Riigikantselei, lk 100
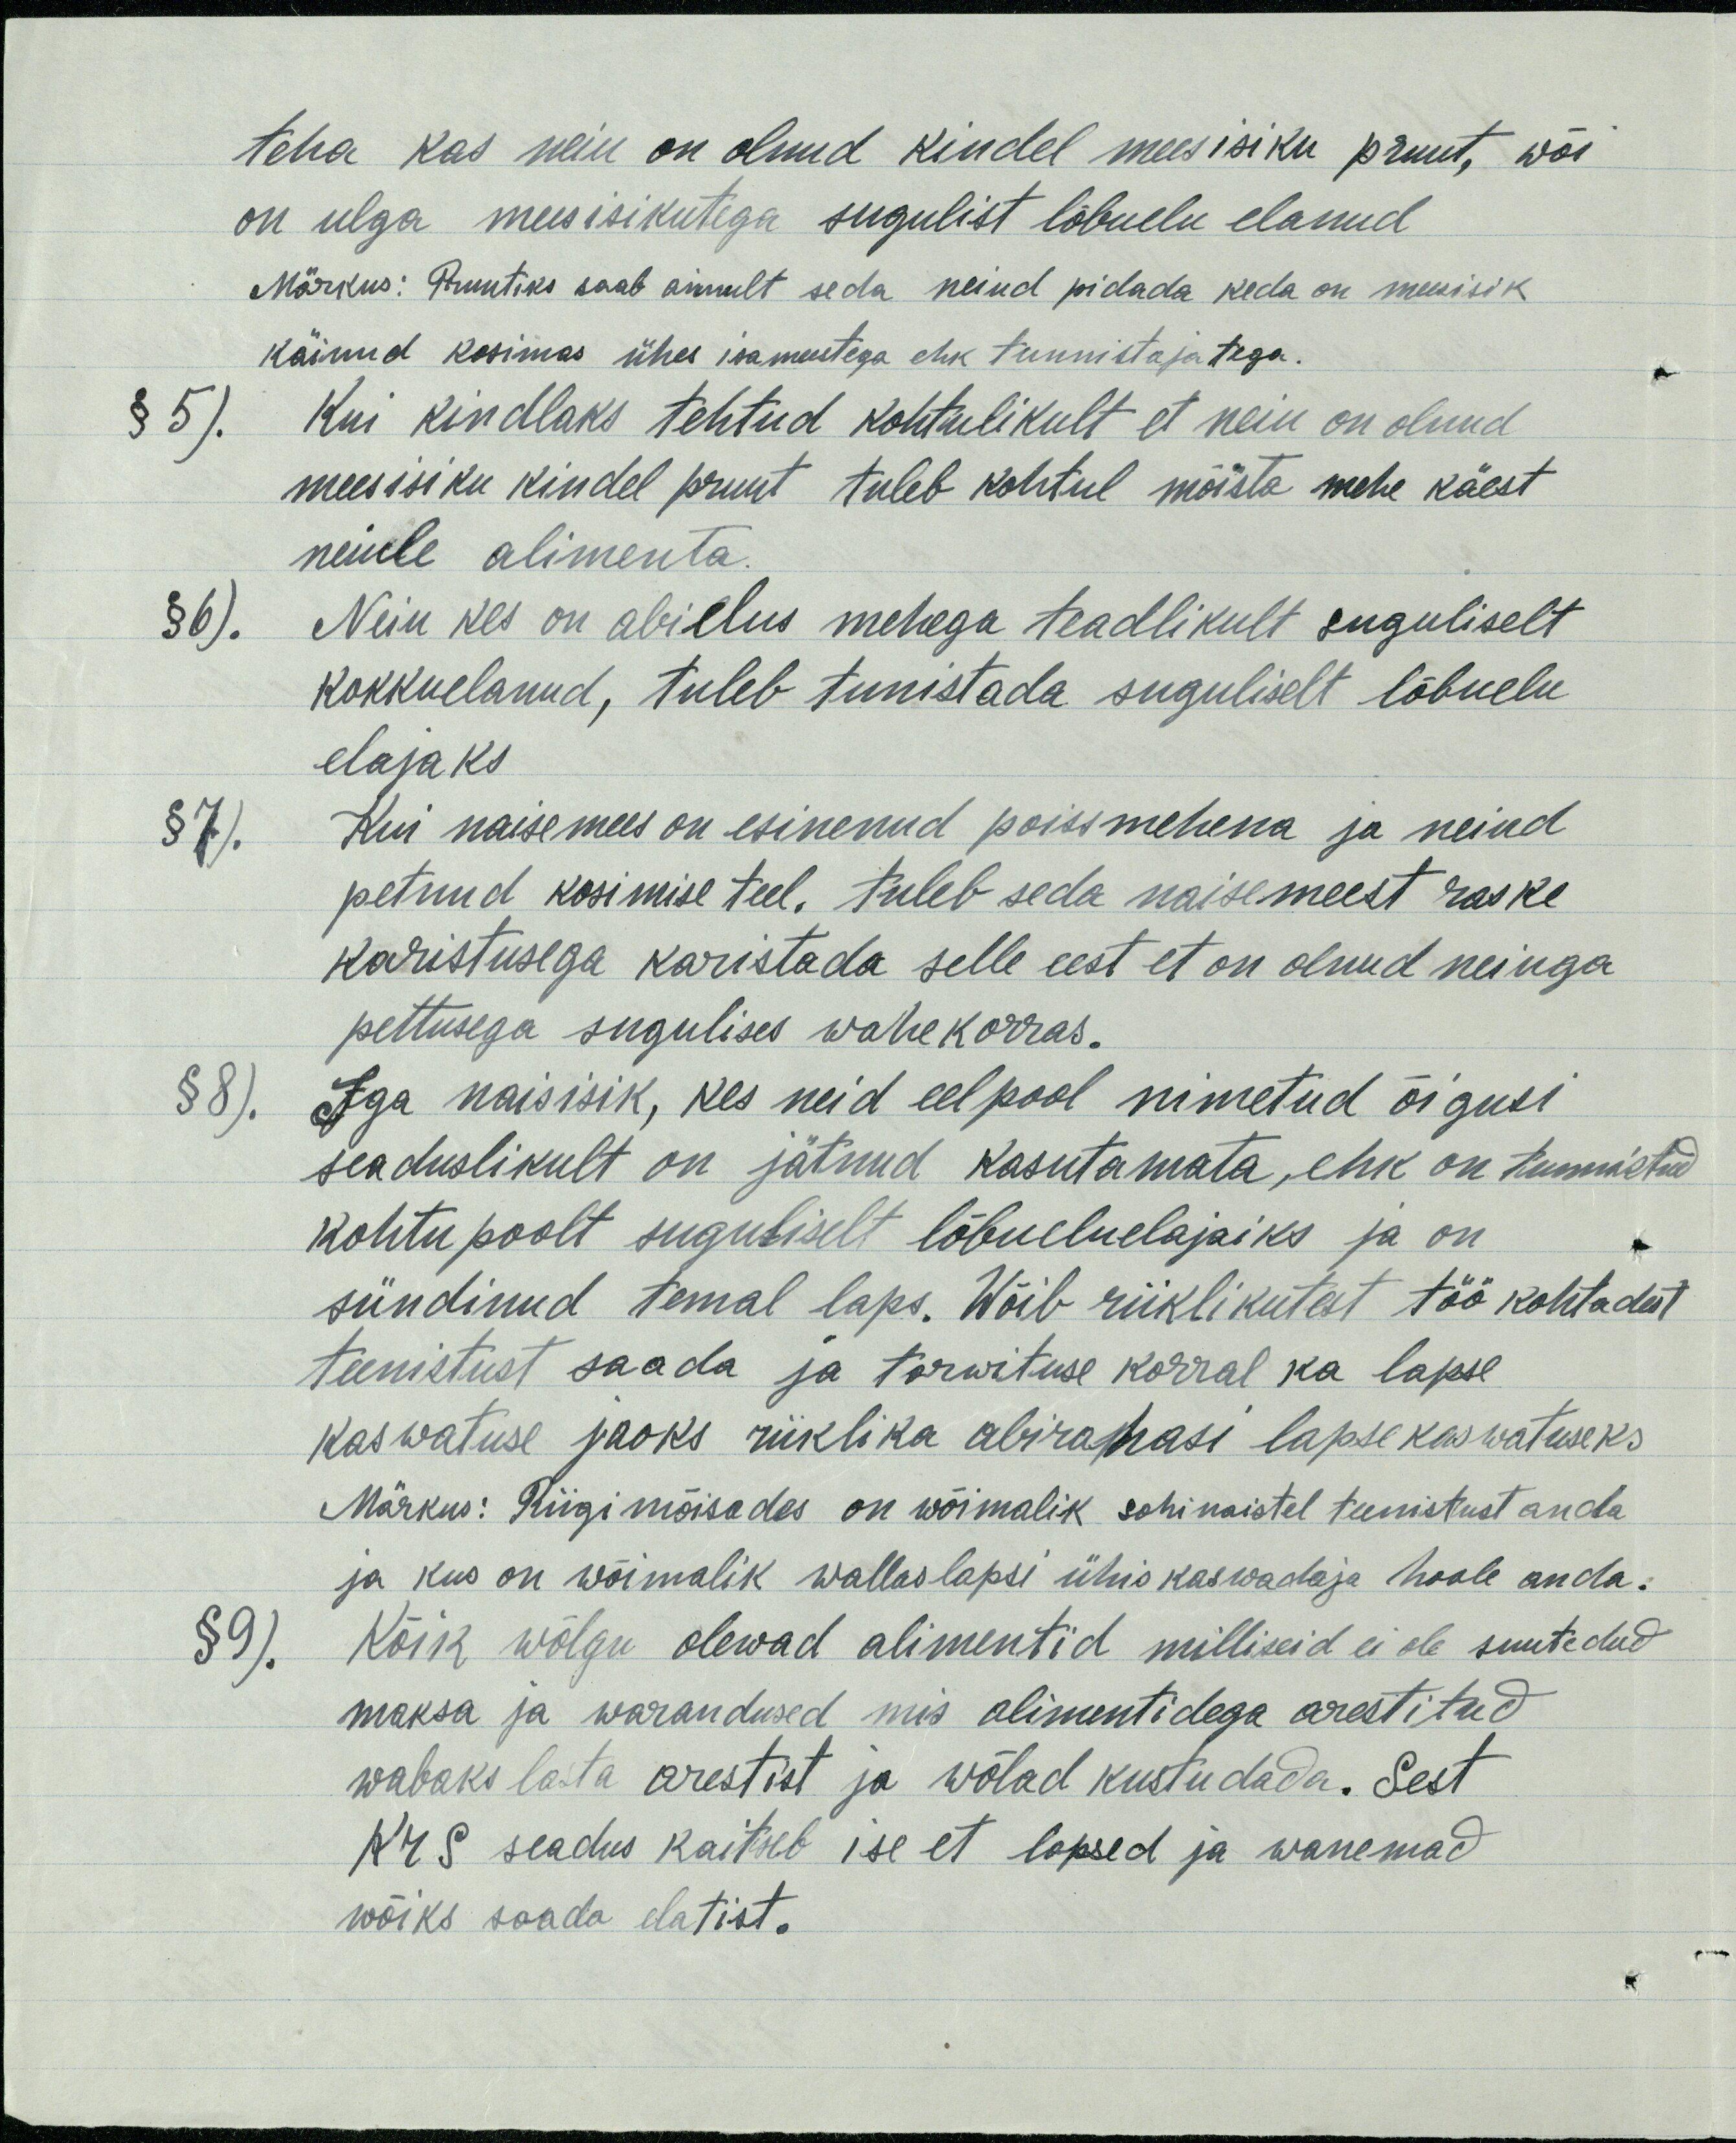
teha kas neiu on olnud kindel meesisiku pruut, wõi
on ulga meesisikutega sugulist lõbuelu elanud
Märkus: Pruutiks saab ainult seda neiud pidada keda on meesisik
käinud kosimas ühes isameestega ehk tunnistajatega.
§ 5). Kui kindlaks tehtud kohtulikult et neiu on olnud
meesisiku kindel pruut tuleb kohtul mõista mehe käest
neiule alimenta.
§ 6). Neiu kes on abielus mehega teadlikult suguliselt
kokkuelanud, tuleb tunistada suguliselt lõbuelu
elajaks
§ 7). Kui naisemees on esinenud poissmehena ja neiud
petnud kosimise teel. tuleb seda naisemeest raske
karistusega karistada selle eest et on olnud neiuga
pettusega sugulises wahekorras.
§ 8). Iga naisisik, kes neid eelpool nimetud õigusi
seaduslikult on jätnud kasutamata, ehk on tunnistud
kohtu poolt suguliselt lõbueluelajaiks ja on
sündinud temal laps. Wõib riiklikutest töö kohtadest
teenistust saada ja tarwituse korral ka lapse,
kaswatuse jaoks riiklika abirahasi lapsekaswatuseks
Märkus: Riigimõisades on wõimalik sohinaistel teenistust anda
ja kus on wõimalik wallas lapsi ühiskaswadaja hoole anda.
§ 9). Kõik wõlgu olewad alimentid milliseid ei ole suutedud
maksa ja warandused mis alimentidega arestitud
wabaks lasta arestist ja wõlad kustudada. Sest
KrS seadus kaitseb ise et lapsed ja wanemad
wõiks saada elatist.